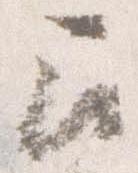
召